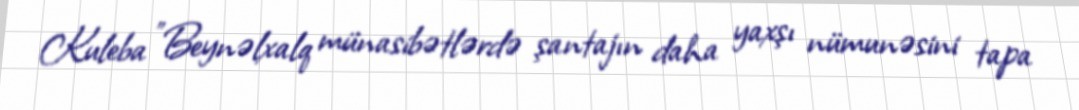
Kuleba "Beynəlxalq münasibətlərdə şantajın daha yaxşı nümunəsini tapa